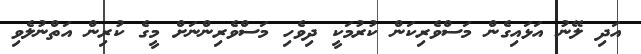
އަދި ލޭނު އަޅައިގެން މަސްވެރިކަން ކުރުމަކީ ދިވެހި މަސްވެރިންނަށް މީގެ ކުރިން އަތްނުލެވި